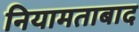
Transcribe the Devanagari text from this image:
नियामताबाद